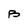
Character: B